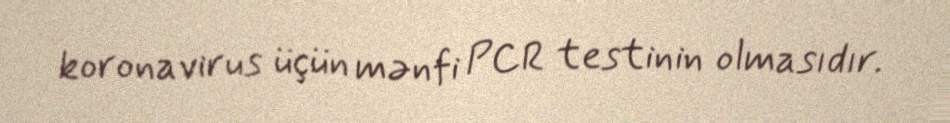
koronavirus üçün mənfi PCR testinin olmasıdır.